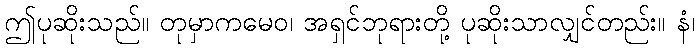
ဤပုဆိုးသည်။ တုမှာကမေဝ၊ အရှင်ဘုရားတို့ ပုဆိုးသာလျှင်တည်း။ နံ၊